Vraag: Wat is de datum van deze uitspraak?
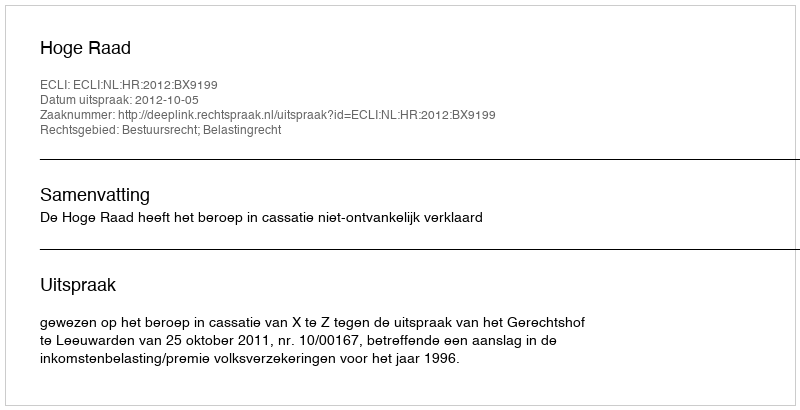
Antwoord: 2012-10-05